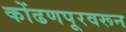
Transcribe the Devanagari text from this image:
कोंढणपूरवरून